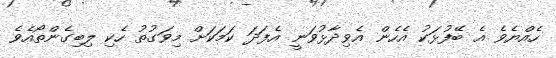
ހެއްޔެވެ އެ ބޭފުޅަކު އެހެން އެވިދާޅުވަނީ އެފަދަ ކަމަކަށް މިވަގުތު ހެކި ލިބިގެންތޯއެވެ